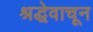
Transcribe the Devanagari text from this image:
श्रद्धेवाचून